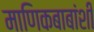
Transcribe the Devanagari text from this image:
माणिकबाबांशी